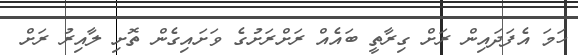
ހަމަ އެފަދައިން ރަށް ގިރާތީ ބައެއް ރަށްރަށުގެ ވަށައިގެން ތޮށި ލާއިރު ރަށް